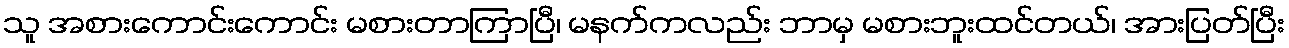
သူ အစားကောင်းကောင်း မစားတာကြာပြီ၊ မနက်ကလည်း ဘာမှ မစားဘူးထင်တယ်၊ အားပြတ်ပြီး